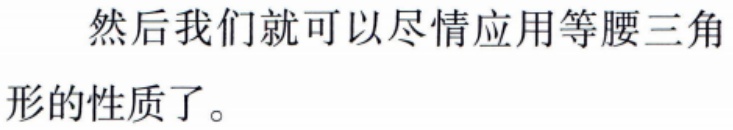
然后我们就可以尽情应用等腰三角形的性质了。